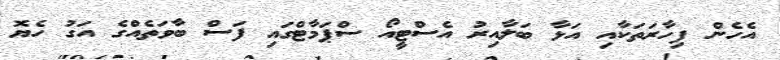
އެހެން ފިހާރަތަކާއި އަޅާ ބަލާއިރު އެސްޓީއޯ ސްޕަމާޓްގައި ފަސް ބާވަތެއްގެ އަގު ހެޔޮ